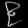
Digit: ၉